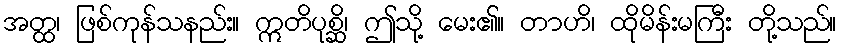
အတ္ထ၊ ဖြစ်ကုန်သနည်း။ ဣတိပုစ္ဆိ၊ ဤသို့ မေး၏။ တာဟိ၊ ထိုမိန်းမကြီး တို့သည်။